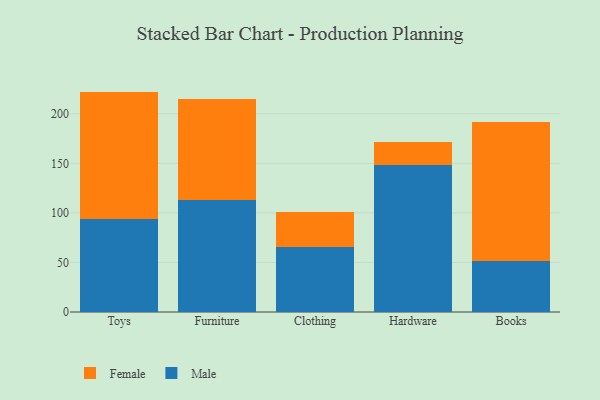
{"axis": {"x": "Category", "y": "Conversion Rate (%)"}, "legend": ["Female", "Male"], "data": [{"x": "Toys", "y": 93.8, "type": "Male"}, {"x": "Toys", "y": 128.6, "type": "Female"}, {"x": "Furniture", "y": 112.6, "type": "Male"}, {"x": "Furniture", "y": 101.9, "type": "Female"}, {"x": "Clothing", "y": 65.7, "type": "Male"}, {"x": "Clothing", "y": 35.1, "type": "Female"}, {"x": "Hardware", "y": 148.0, "type": "Male"}, {"x": "Hardware", "y": 23.1, "type": "Female"}, {"x": "Books", "y": 51.7, "type": "Male"}, {"x": "Books", "y": 139.7, "type": "Female"}]}